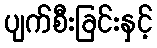
ပျက်စီးခြင်းနှင့်